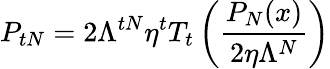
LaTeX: P_{tN}=2\Lambda^{tN}\eta^{t}T_{t}\left(\frac{P_{N}(x)}{2\eta\Lambda^{N}}\right)